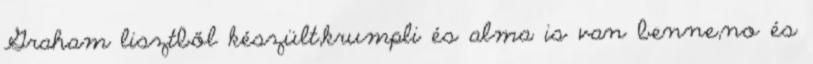
Graham lisztből készült,krumpli és alma is van benne,no és